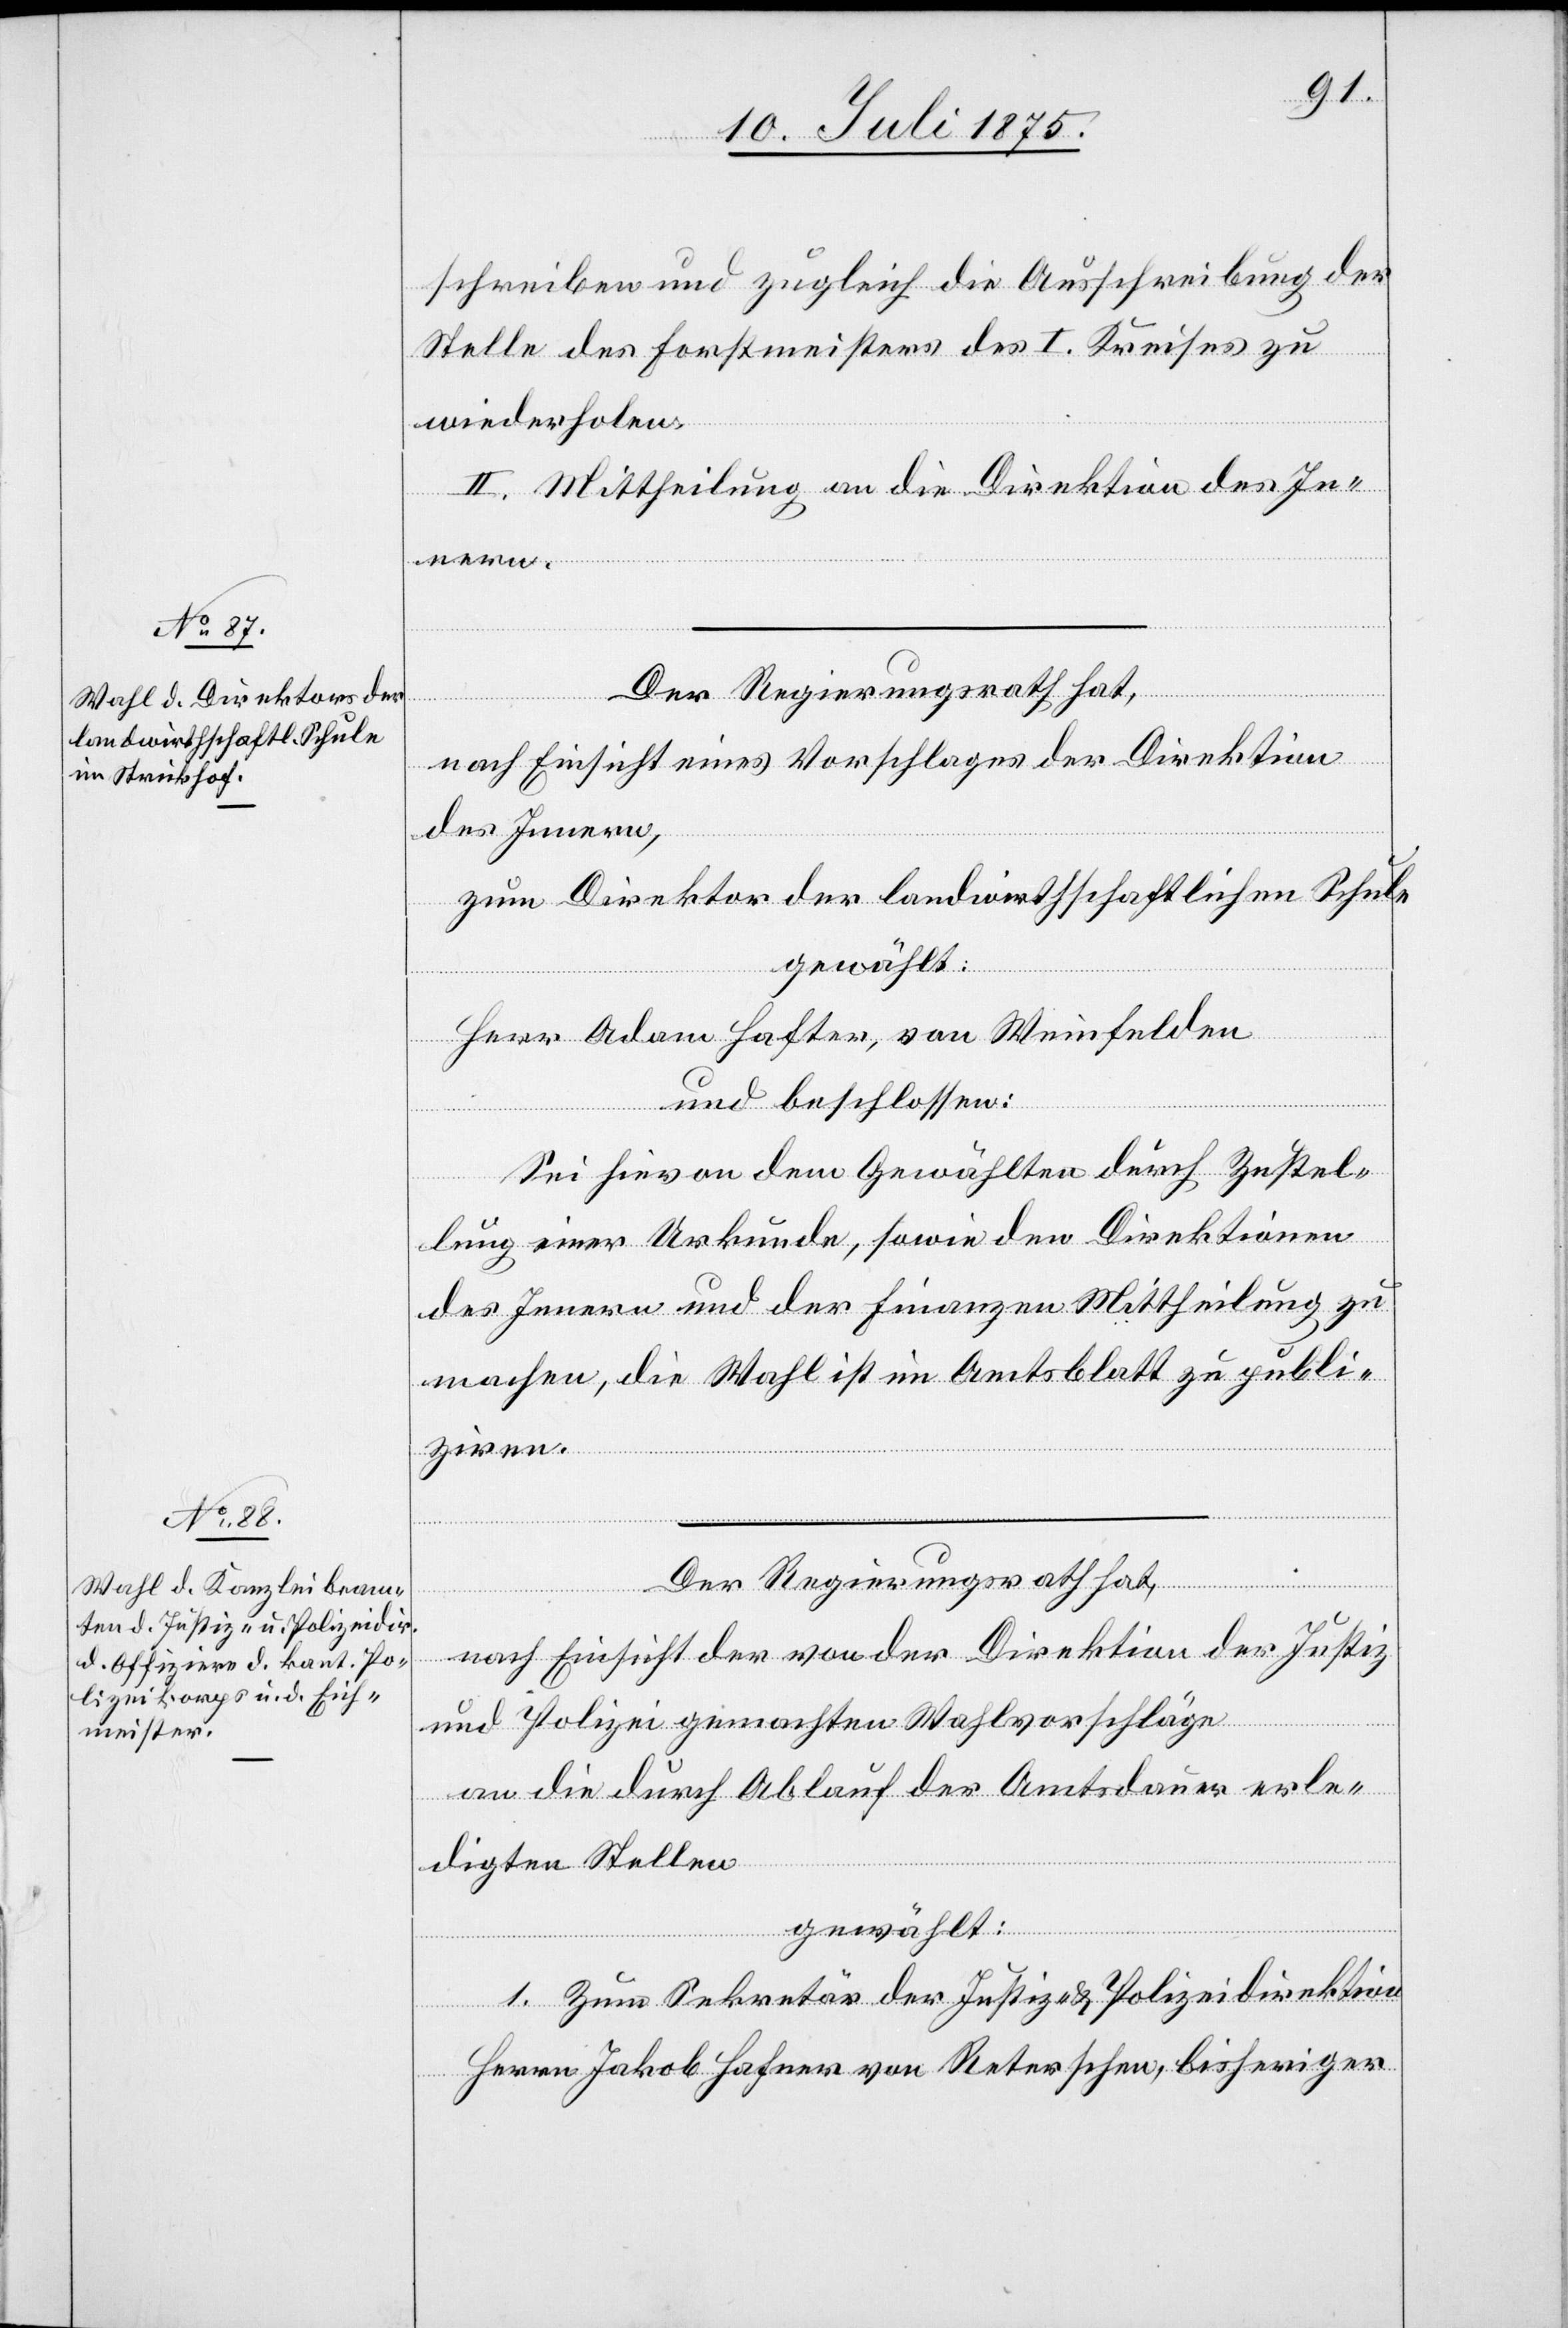
schreiben und zugleich die Ausschreibung der
Stelle des Forstmeisters des I. Kreises zu
wiederholen.
II. Mittheilung an die Direktion des In¬
nern.
Der Regierungsrath hat,
nach Einsicht eines Vorschlages der Direktion
des Innern,
zum Direktor der landwirthschaftlichen Schule
gewählt:
Herr Adam Hafter, von Weinfelden
und beschlossen:
Sei hievon dem Gewählten durch Zustel¬
lung einer Urkunde, sowie den Direktionen
des Innern und der Finanzen Mittheilung zu
machen, die Wahl ist im Amtsblatt zu publi¬
ziren.
Der Regierungsrath hat,
nach Einsicht der von der Direktion der Justiz
und Polizei gemachten Wahlvorschläge
an die durch Ablauf der Amtsdauer erle¬
digten Stellen
gewählt:
1. Zum Sekretär der Justiz- und Polizeidirektion
Herrn Jakob Hafner von Reterschen, bisheriger